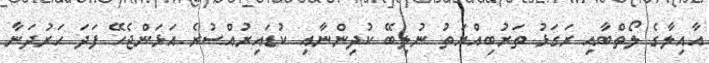
އާއިލާގެ ލޯތްބާއި ރަގަޅު ތަރުބިއްޔަތު ނުލިބޭ ކުދިންނާއި ކުޑައިރުއްސުރެ އަޅަންޖެހޭ ފަދަ ހަރުދަނާ